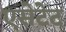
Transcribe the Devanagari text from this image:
एसेटेट